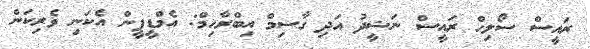
ރައީސް ސޯލިހް ރައީސް ނަޝީދު އަދި ގާސިމް އިބްރާހިމް: އެމްޑީޕީން އެކަނި ވެރިކަން